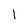
Character: I